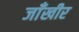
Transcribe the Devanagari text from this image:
जाँखीर